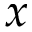
x